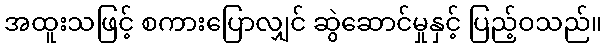
အထူးသဖြင့် စကားပြောလျှင် ဆွဲဆောင်မှုနှင့် ပြည့်ဝသည်။